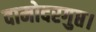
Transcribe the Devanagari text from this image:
दामोदरगुप्त।